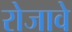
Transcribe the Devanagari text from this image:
रोजावे